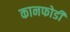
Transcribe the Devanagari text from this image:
कानफोडी